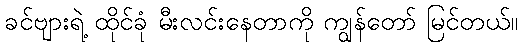
ခင်ဗျားရဲ့ ထိုင်ခုံ မီးလင်းနေတာကို ကျွန်တော် မြင်တယ်။